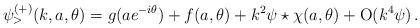
\begin{align*}\psi_>^{(+)}(k,a,\theta)=g(a e^{-i \theta}) + f(a,\theta) +k^2 \psi\star \chi(a,\theta) + \mbox{O} (k^4 \psi)\,.\end{align*}